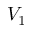
V _ { 1 }